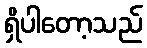
ရှိပါတော့သည်